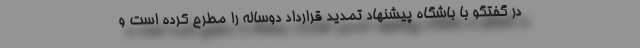
در گفتگو با باشگاه پیشنهاد تمدید قرارداد دوساله را مطرح کرده است و